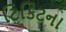
ટિકિટના